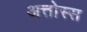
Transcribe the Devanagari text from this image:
अत्तोस्स